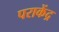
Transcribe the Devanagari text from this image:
पराकेंद्र